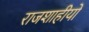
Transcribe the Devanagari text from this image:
राजशाहीयों